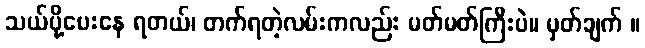
သယ်ပို့ပေးနေ ရတယ်၊ တက်ရတဲ့လမ်းကလည်း မတ်မတ်ကြီးပဲ။ မှတ်ချက် ။